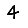
Digit: 4